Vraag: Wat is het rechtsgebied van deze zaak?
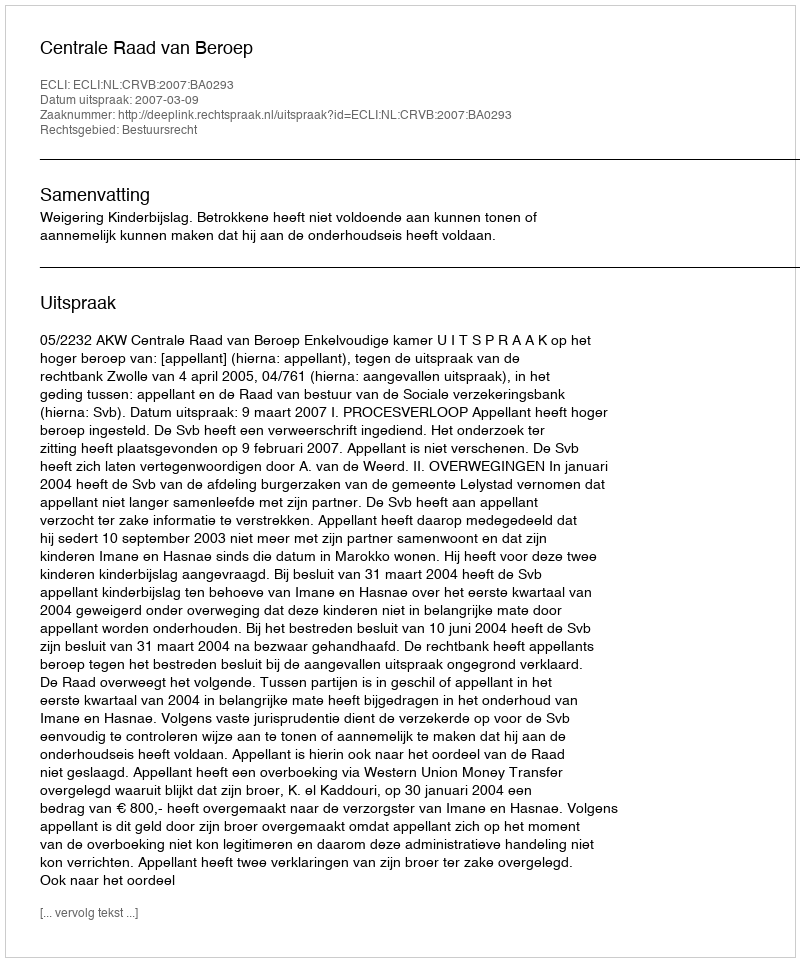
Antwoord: Bestuursrecht